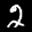
Label: 2